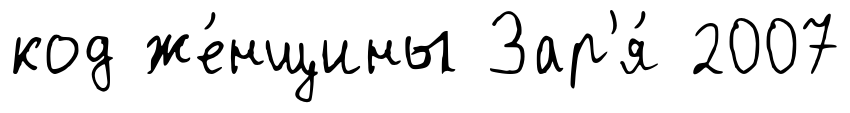
код же́нщины Зар'я́ 2007